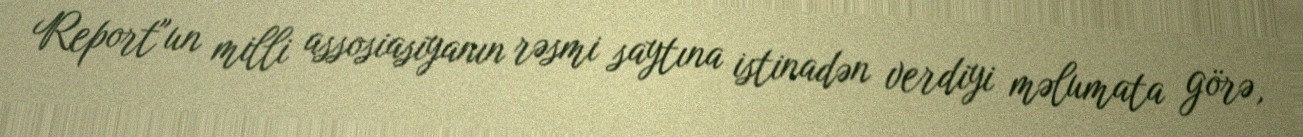
Report"un milli assosiasiyanın rəsmi saytına istinadən verdiyi məlumata görə,